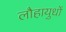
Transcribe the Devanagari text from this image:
लौहायुधों